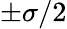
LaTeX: \pm\sigma/2